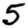
Digit: 5